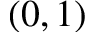
( 0 , 1 )